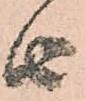
由